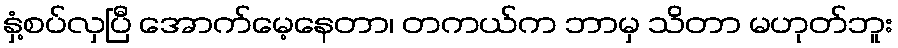
နှံ့စပ်လှပြီ အောက်မေ့နေတာ၊ တကယ်က ဘာမှ သိတာ မဟုတ်ဘူး